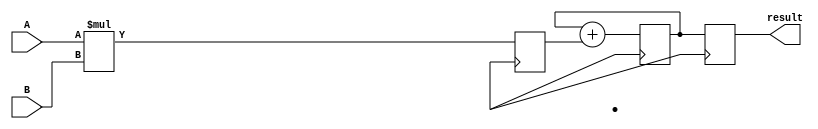
module CarrySaveMultiplier (
    input [15:0] A,
    input [15:0] B,
    output reg [31:0] result
);

reg [31:0] partial_product;
reg [31:0] accumulator;

always @ (posedge clk) begin
    // Partial products calculation
    partial_product <= {16'b0, A} * {16'b0, B};
    
    // Accumulation of results
    accumulator <= accumulator + partial_product;
    
    // Result in Carry-Save format
    result <= accumulator;
end

endmodule